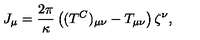
J _ { \mu } = { \frac { 2 \pi } { \kappa } } \left( ( T ^ { C } ) _ { \mu \nu } - T _ { \mu \nu } \right) \zeta ^ { \nu } ,